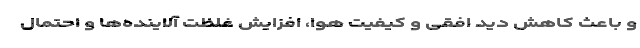
و باعث کاهش دید افقی و کیفیت هوا، افزایش غلظت آلاینده‌ها و احتمال